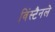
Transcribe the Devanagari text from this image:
विंस्टैनले